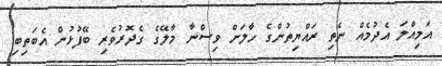
އަމިއްލަ އެދުމެއް ނެތި ރައްޔިތުންގެ ހާލަށް ވިސްނާ މާލޭގެ ގެދޮރުވެރި ބޭފުޅުން އެބަތިބި.